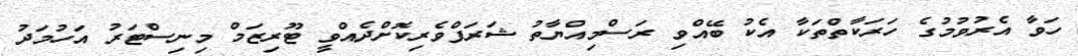
ހަވާ އެރުވުމުގެ ހަރަކާތްތަކާ އެކު ބޭއްވި ރަސްމިއްޔާތު ޝަރަފްވެރިކޮށްދެއްވީ ޓޫރިޒަމް މިނިސްޓަރު އަހުމަދު